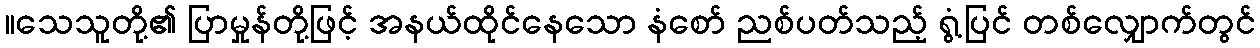
။သေသူတို့၏ ပြာမှုန်တို့ဖြင့် အနယ်ထိုင်နေသော နံစော် ညစ်ပတ်သည့် ရွံ့ပြင် တစ်လျှောက်တွင်